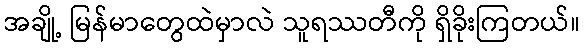
အချို့ မြန်မာတွေထဲမှာလဲ သူရဿတီကို ရှိခိုးကြတယ်။